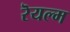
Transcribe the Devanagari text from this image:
रॆयल्म